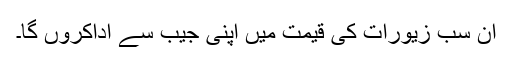
ان سب زیورات کی قیمت میں اپنی جیب سے اداکروں گا۔